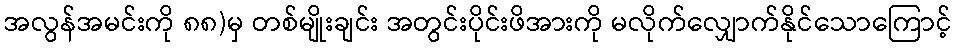
အလွန်အမင်းကို ၈၈)မှ တစ်မျိုးချင်း အတွင်းပိုင်းဖိအားကို မလိုက်လျှောက်နိုင်သောကြောင့်